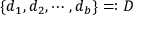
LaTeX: \{ d _ { 1 } , d _ { 2 } , \dotsb , d _ { b } \} = : D